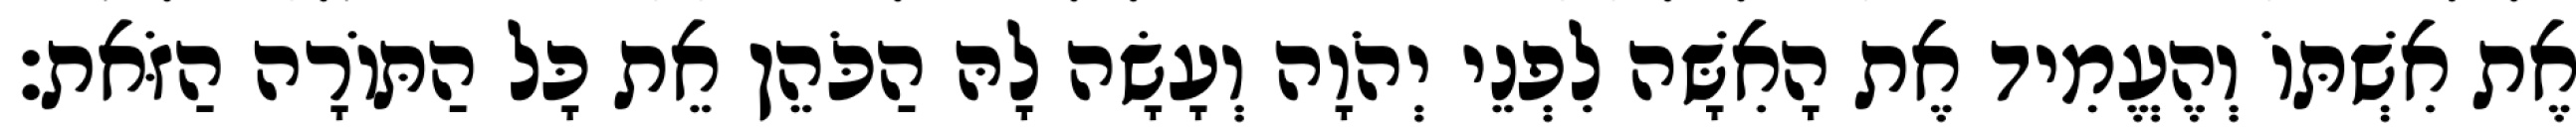
אֶת אִשְׁתּוֹ וְהֶעֱמִיד אֶת הָאִשָּׁה לִפְנֵי יְהֹוָה וְעָשָׂה לָהּ הַכֹּהֵן אֵת כָּל הַתּוֹרָה הַזֹּאת׃